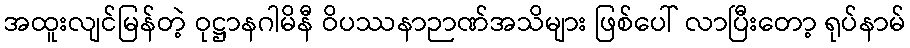
အထူးလျင်မြန်တဲ့ ဝုဋ္ဌာနဂါမိနီ ဝိပဿနာဉာဏ်အသိများ ဖြစ်ပေါ် လာပြီးတော့ ရုပ်နာမ်